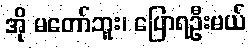
အို မတော်ဘူး၊ ပြောရဦးမယ်